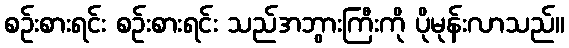
စဉ်းစားရင်း စဉ်းစားရင်း သည်အဘွားကြီးကို ပိုမုန်းလာသည်။